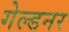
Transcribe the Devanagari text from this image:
गेल्डनर